Civil Veterinary Department. United Provinces 1912-22 - 1912-1922
Year: 1912
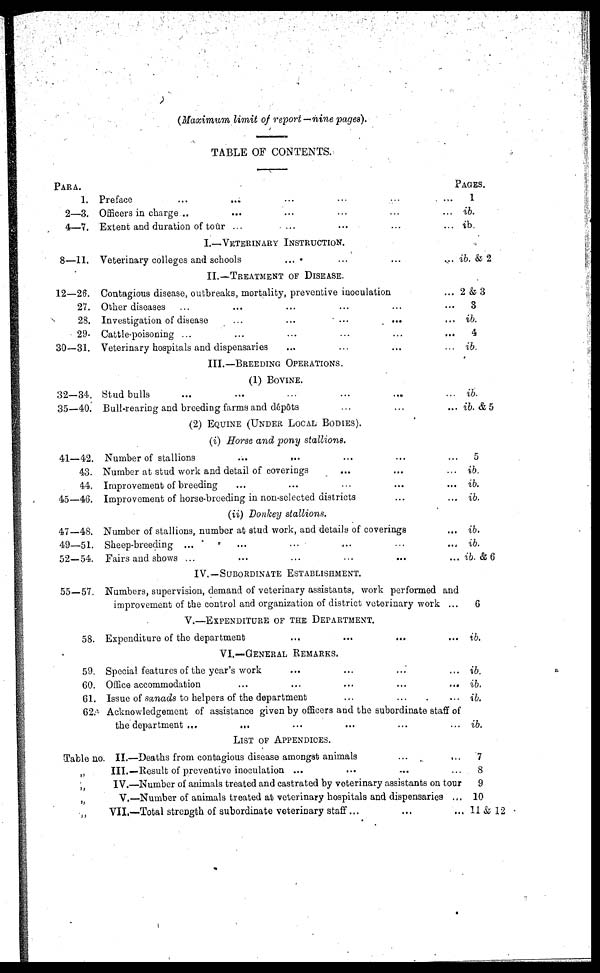
(Maximum limit of report—nine pages).
TABLE OF CONTENTS.
Para.
1. Preface ... ... ... ... ... ...
2—3. Officers in charge .. ... ... ... ... ...
4—7. Extent and duration of tour ... ... ... ... ...
I.—Veterinary Instruction.
8—11. Veterinary colleges and schools
...
...
...
...
II.—Treatment of Disease.
12—26. Contagious disease, outbreaks, mortality, preventive inoculation ...
27. Other diseases ... ... ... ... ... ...
28. Investigation of disease
...
...
...
...
29- Cattle-poisoning ... ... ... ... ...
30—31. Veterinary hospitals and dispensaries ... ... ... ...
III.—Breeding Operations.
(1) Bovine.
32—34. Stud bulls ... ... ... ... ... ...
35—40. Bull-rearing and breeding farms and depots ... ... ...
(2) Equine (Under Local Bodies).
(i) Horse and pony stallions.
41—42. Number of stallions
... ... ... ... ...
43. Number at stud work and detail of coverings ... ...
44. Improvement of breeding ... ... ... ... ...
45—46. Improvement of horse-breeding in non-selected districts ... ...
(ii) Donkey stallions.
47—48. Number of stallions, number at stud work, and details of coverings
49—51. Sheep-breeding ... ... ... ... ... ...
52—54. Fairs and shows ... ... ... ... ... ...
IV.—Subordinate Establishment.
55—57. Numbers, supervision, demand of veterinary assistants, work performed and
improvement of the control and organization of district veterinary work ...
V.—Expenditure of the Department.
58. Expenditure of the department ... ... ... ...
VI.—General Remarks.
59. Special features of the year's work ... ... ... ...
60. Office accommodation
...
...
...
...
...
61. Issue of sanads to helpers of the department ... ... ... ...
62. Acknowledgement of assistance given by officers and the subordinate staff of
the department
...
... ... ... ... ...
List of Appendices.
Table no. II.—Deaths from contagious disease amongst animals
...
...
„
III.—Result of preventive inoculation ... ... ... ...
„
IV.—Number of animals treated and castrated by veterinary assistants on tour
„
V.—Number of animals treated at veterinary hospitals and dispensaries ...
„
VII.—Total strength of subordinate veterinary staff... ... ...
Pages.
1
ib.
ib.
ib. & 2
2 &3
3
ib.
4
ib.
ib.
ib. & 5
5
ib.
ib.
ib.
ib.
ib.
ib. & 6
6
ib.
ib.
ib.
ib.
ib.
7
8
9
10
11 & 12